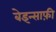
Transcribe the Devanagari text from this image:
बेइन्साफ़ी